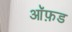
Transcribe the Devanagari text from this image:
आॅफ़ड